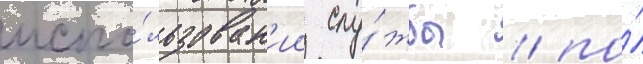
испо́льзован'ии слу́жбы / по́